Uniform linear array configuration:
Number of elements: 48
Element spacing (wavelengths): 1
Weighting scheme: cosine
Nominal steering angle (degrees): -45
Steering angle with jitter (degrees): -44.066
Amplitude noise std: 0.05
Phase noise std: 0.05

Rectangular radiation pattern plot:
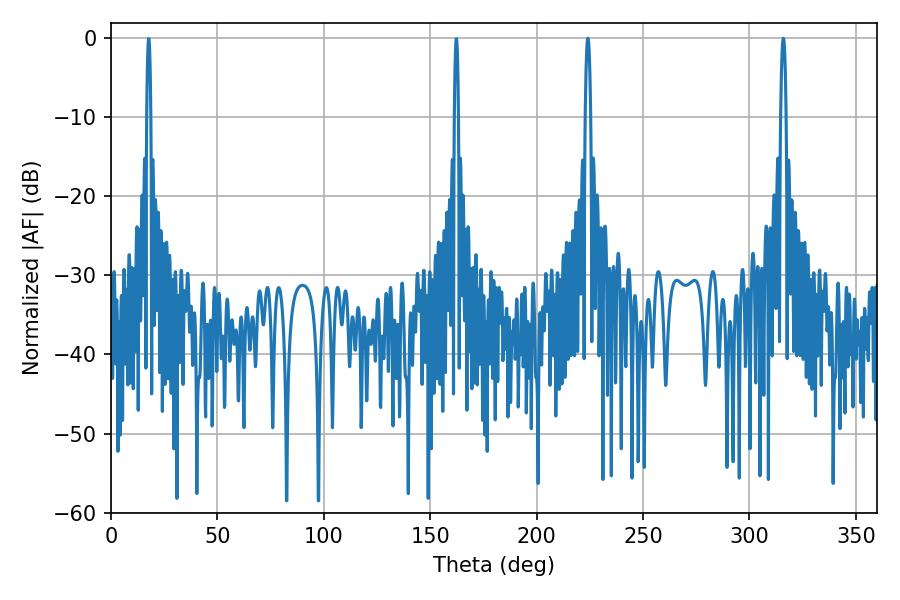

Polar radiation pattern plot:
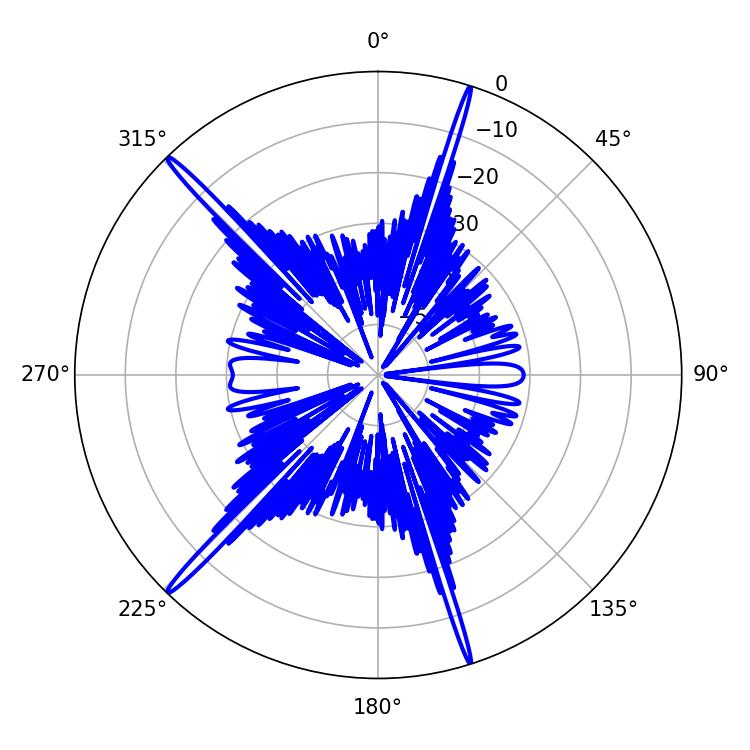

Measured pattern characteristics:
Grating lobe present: TRUE
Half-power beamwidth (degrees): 1.44
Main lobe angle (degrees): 224.1